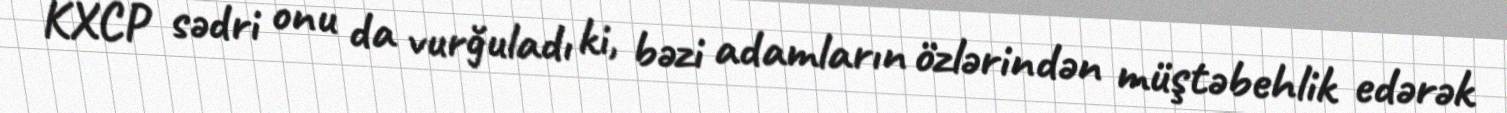
KXCP sədri onu da vurğuladı ki, bəzi adamların özlərindən müştəbehlik edərək